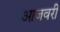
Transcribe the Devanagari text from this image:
आजवरी